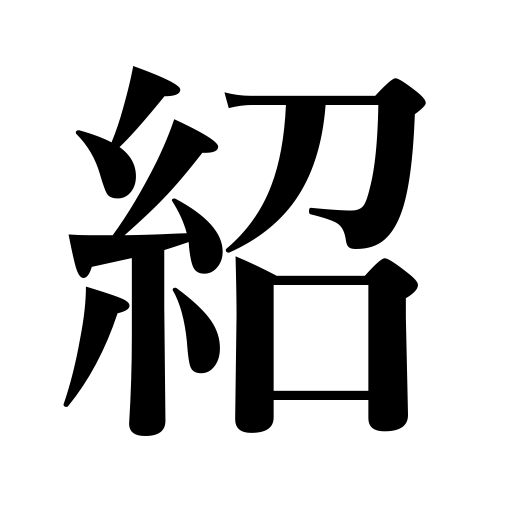
Meanings: inherit,help